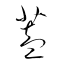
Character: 蓋